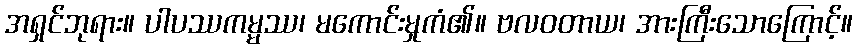
အရှင်ဘုရား။ ပါပဿကမ္မဿ၊ မကောင်းမှုကံ၏။ ဗလဝတာယ၊ အားကြီးသောကြောင့်။